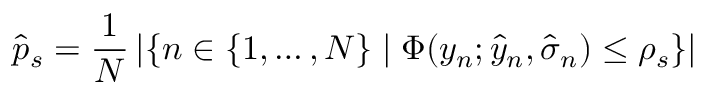
\hat { p } _ { s } = \frac { 1 } { N } \left| \left\{ n \in \{ 1 , \dots , N \} \mid \Phi ( y _ { n } ; \hat { y } _ { n } , \hat { \sigma } _ { n } ) \leq \rho _ { s } \right\} \right|